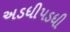
અડધીપડધી